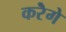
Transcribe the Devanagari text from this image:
करेॆगे